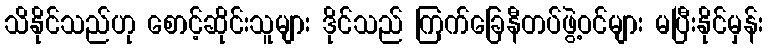
သိနိုင်သည်ဟု စောင့်ဆိုင်းသူများ ဒိုင်သည် ကြက်ခြေနီတပ်ဖွဲ့ဝင်များ မပြီးနိုင်မှန်း